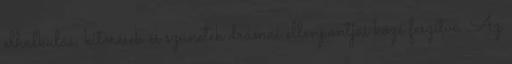
elhalkulás, kitörések és szünetek drámai ellenpontjai közé feszítve. Az